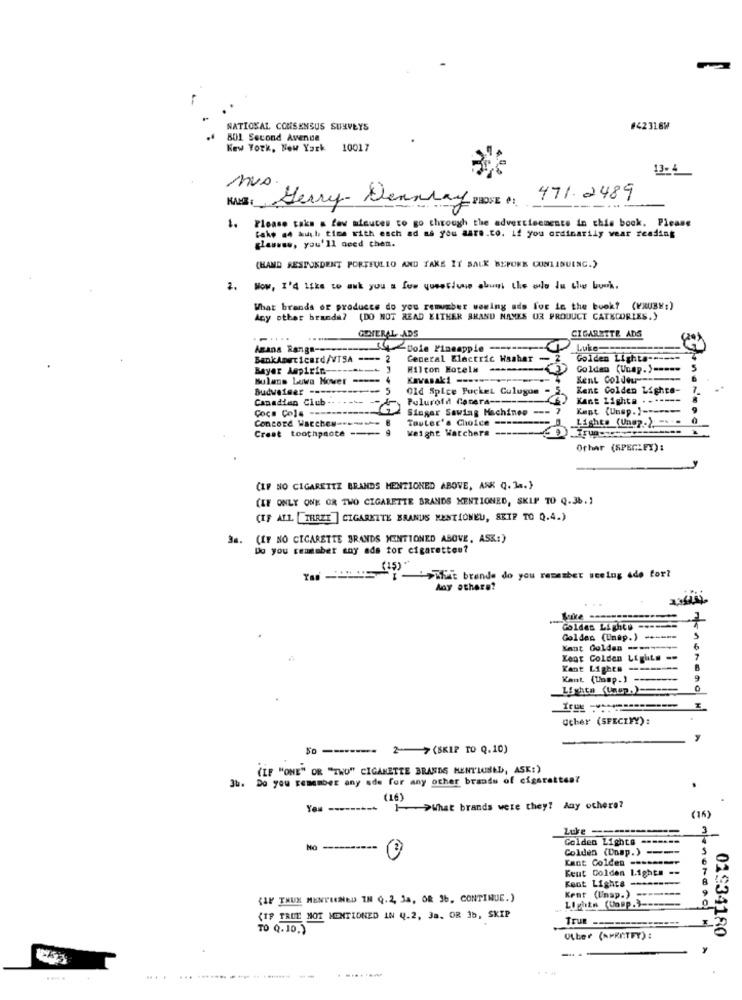
NATIONAL CONSENSUS SURVEYS
#42316W
801 Second Avenue
New York, New York
10017
13- 4
IVA.
471.2489
KMS: Gerry- Dearray DIDEE
1.
Please take a few minutes to go through the advertisements in this book. Please
fake #4 auch time with each ad as you aare.to. if you ordinarily vear reading
glassse, you'll need chen.
(HAND SESPUEDENT PORTEULIO AND TAKE IT SALK BEFORE CONTINUING.)
1.
Now, I'd like to ask you a fue questione shumi the odlo In the bush.
What brands or products do you remusber wewing ads for in the book? (KRUBY:)
Any other brands? (DO NOT READ EITHER BRAND NAMES UR PRODUCT CATEGORIES.)
GENERAL ADS
CIGARETTE ADS
Azana Range ---
pole Pineapple
Luke-
BankAmericard/VTSA --- 2
General Electric Washer
Golden Lighta -----
Bayar Aspirin --
Hilton Hotels
Golden (Unap.) ====-
Bulans Lowa Hover -----
Kawasaki ---.
Sent Coldeu ----
Budweiser ------
5
Old Spice Pocket Culugun
Kent Colden Lighte-
Canadian Club
----
Pulurofi Genera ---
Kant Lighta . ------
Coca Cola --
Singer Sewing Machines ---
Kept (Unsp.) --
Concord Watches -..
Tauter's Choice --
Lights (Un.p.) -.- 0
Crest toothpnote --
Weight Watchers
Orhar (SPECIEY) :
(IF NO CIGARETTE BRANDS MENTIONED ABOVE, ASK Q. 14.)
(IF ONLY ONE OR TWO CIGARETTE BRANDS MENTIONED, SKIP TO Q.36.)
(IF ALL [THREE ] CIGARETTE BRANDS KESTIONEU, SKIP TO Q.4.)
3a. (IF NO CIGARETTE BRANDS MENTIONED ABOVE, ASK:)
Do you reummber any ads tor cigarettes?
( 25)"
Fifidit brande do you remember seeing ade for?
Any athere?
Goldas Light. -----
Golden (Enap.) -+ ----
Kant Golden ---------
6
Kent Colden Lights --
7
Kant Lights ---------
B
Kant. (Ump.) -------
9
Lichta (Unep.) ====
0
other (SPECIFY):
2-7(SKIP TO Q.10)
(IF "ONE" OR "TWO" CIGARETTE BRANDS MENTIONED, ASK:)
3b.
Do you remember any sde for any other brands of cigarettes?
.
(16)
You ---------
1>What brands were they? Any othere?
(16)
Luke
Golden Lights -------
Mo ---------
Golden (Unap.) ----
Kant Coldes ------ mer
Keut Golden 1.1ghts --
Kent Lighta ---------
Kent (Unsp.) -------
{IF THUX MENPLANNED IN Q.2, Ja, OR 36, CONTINUE.)
Lights (Comp.) -===
{IF TRUE NOT MENTIONED IN 4.2, 3a. OR 3b, SKIP
True --
TO Q.10.)
Other (APRITFY) :
01934180
. .......